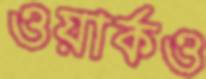
ওয়ার্কও